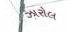
ઝારોલ